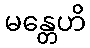
မန္တေဟိ